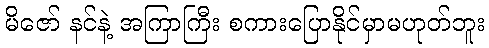
မိဇော် နင်နဲ့ အကြာကြီး စကားပြောနိုင်မှာမဟုတ်ဘူး